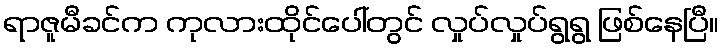
ရာဇူမီခင်က ကုလားထိုင်ပေါ်တွင် လှုပ်လှုပ်ရွရွ ဖြစ်နေပြီ။